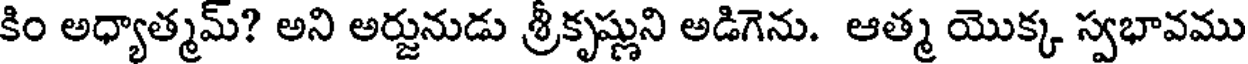
కిం అధ్యాత్మమ్? అని అర్జునుడు శ్రీకృష్ణుని అడిగెను. ఆత్మ యొక్క స్వభావము